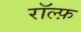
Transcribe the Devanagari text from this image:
रॉल्फ़